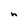
Character: n